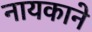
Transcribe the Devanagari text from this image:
नायकाने